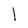
Character: l